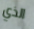
الذي